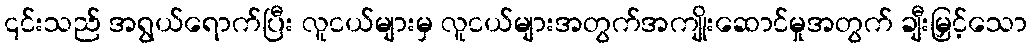
၎င်းသည် အရွယ်ရောက်ပြီး လူငယ်များမှ လူငယ်များအတွက်အကျိုးဆောင်မှုအတွက် ချီးမြှင့်သော